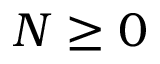
N \geq 0